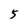
Character: 5